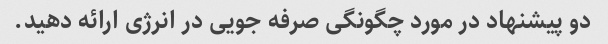
دو پیشنهاد در مورد چگونگی صرفه جویی در انرژی ارائه دهید.